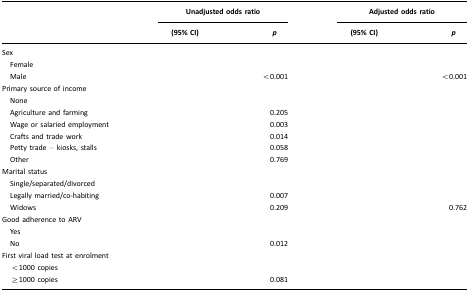
<table><thead><tr><td>[EMPTY_CELL]</td><td colspan="2"><b>Unadjusted odds ratio</b></td><td colspan="2"><b>Adjusted odds ratio</b></td></tr><tr><td>[EMPTY_CELL]</td><td><b>(95% CI)</b></td><td><b><i>p</i></b></td><td><b>(95% CI)</b></td><td><b><i>p</i></b></td></tr></thead><tbody><tr><td>Sex</td><td>[EMPTY_CELL]</td><td>[EMPTY_CELL]</td><td>[EMPTY_CELL]</td><td>[EMPTY_CELL]</td></tr><tr><td> Female</td><td>[EMPTY_CELL]</td><td>[EMPTY_CELL]</td><td>[EMPTY_CELL]</td><td>[EMPTY_CELL]</td></tr><tr><td> Male</td><td>[EMPTY_CELL]</td><td>&lt;0.001</td><td>[EMPTY_CELL]</td><td>&lt;0.001</td></tr><tr><td>Primary source of income</td><td>[EMPTY_CELL]</td><td>[EMPTY_CELL]</td><td>[EMPTY_CELL]</td><td>[EMPTY_CELL]</td></tr><tr><td> None</td><td>[EMPTY_CELL]</td><td>[EMPTY_CELL]</td><td>[EMPTY_CELL]</td><td>[EMPTY_CELL]</td></tr><tr><td> Agriculture and farming</td><td>[EMPTY_CELL]</td><td>0.205</td><td>[EMPTY_CELL]</td><td>[EMPTY_CELL]</td></tr><tr><td> Wage or salaried employment</td><td>[EMPTY_CELL]</td><td>0.003</td><td>[EMPTY_CELL]</td><td>[EMPTY_CELL]</td></tr><tr><td> Crafts and trade work</td><td>[EMPTY_CELL]</td><td>0.014</td><td>[EMPTY_CELL]</td><td>[EMPTY_CELL]</td></tr><tr><td> Petty trade – kiosks, stalls</td><td>[EMPTY_CELL]</td><td>0.058</td><td>[EMPTY_CELL]</td><td>[EMPTY_CELL]</td></tr><tr><td> Other</td><td>[EMPTY_CELL]</td><td>0.769</td><td>[EMPTY_CELL]</td><td>[EMPTY_CELL]</td></tr><tr><td>Marital status</td><td>[EMPTY_CELL]</td><td>[EMPTY_CELL]</td><td>[EMPTY_CELL]</td><td>[EMPTY_CELL]</td></tr><tr><td> Single/separated/divorced</td><td>[EMPTY_CELL]</td><td>[EMPTY_CELL]</td><td>[EMPTY_CELL]</td><td>[EMPTY_CELL]</td></tr><tr><td> Legally married/co-habiting</td><td>[EMPTY_CELL]</td><td>0.007</td><td>[EMPTY_CELL]</td><td>[EMPTY_CELL]</td></tr><tr><td> Widows</td><td>[EMPTY_CELL]</td><td>0.209</td><td>[EMPTY_CELL]</td><td>0.762</td></tr><tr><td>Good adherence to ARV</td><td>[EMPTY_CELL]</td><td>[EMPTY_CELL]</td><td>[EMPTY_CELL]</td><td>[EMPTY_CELL]</td></tr><tr><td> Yes</td><td>[EMPTY_CELL]</td><td>[EMPTY_CELL]</td><td>[EMPTY_CELL]</td><td>[EMPTY_CELL]</td></tr><tr><td> No</td><td>[EMPTY_CELL]</td><td>0.012</td><td>[EMPTY_CELL]</td><td>[EMPTY_CELL]</td></tr><tr><td>First viral load test at enrolment</td><td>[EMPTY_CELL]</td><td>[EMPTY_CELL]</td><td>[EMPTY_CELL]</td><td>[EMPTY_CELL]</td></tr><tr><td> &lt;1000 copies</td><td>[EMPTY_CELL]</td><td>[EMPTY_CELL]</td><td>[EMPTY_CELL]</td><td>[EMPTY_CELL]</td></tr><tr><td> ≥1000 copies</td><td>[EMPTY_CELL]</td><td>0.081</td><td>[EMPTY_CELL]</td><td>[EMPTY_CELL]</td></tr></tbody></table>